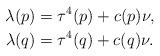
LaTeX: \begin{align*}\lambda(p) &= \tau^4(p)+c(p)\nu, \\\lambda(q) &= \tau^4(q)+c(q)\nu.\end{align*}